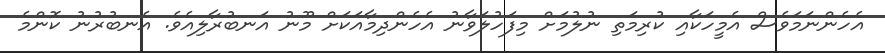
އެހެންނަމަވެސް އެމީހަކާއި ކުރިމަތި ނުލުމަށް މިފަހުލަވާނު އެހެންދިމާއަކަށް މޫނު އަނބުރާލިއެވެ. އެނބުރުނު ކޮންމެ